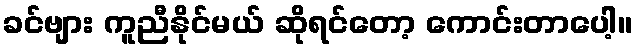
ခင်ဗျား ကူညီနိုင်မယ် ဆိုရင်တော့ ကောင်းတာပေါ့။